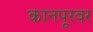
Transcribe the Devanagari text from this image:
कानपूरवर